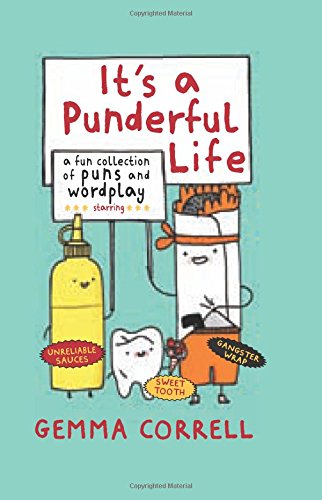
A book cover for It's a Punderful Life; Gemma Correll; Humor & Entertainment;